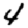
Digit: 4